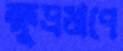
ক্ষুদ্রঋণে